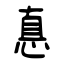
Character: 悳